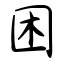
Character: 困